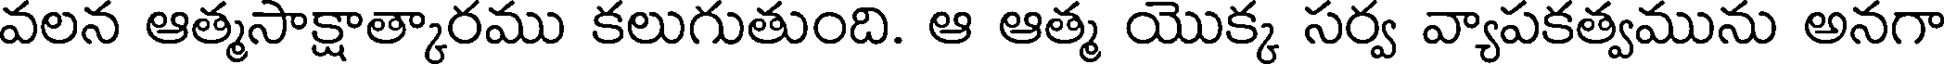
వలన ఆత్మసాక్షాత్కారము కలుగుతుంది. ఆ ఆత్మ యొక్క సర్వ వ్యాపకత్వమును అనగా